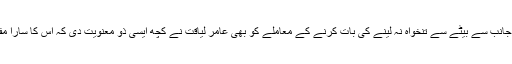
نواز شریف کی جانب سے بیٹے سے تنخواہ نہ لینے کی بات کرنے کے معاملے کو بھی عامر لیاقت نے کچھ ایسی ذو معنویت دی کہ اس کا سارا مفہوم ہی بگڑ گیا۔